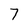
Character: 7